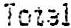
TOTAL